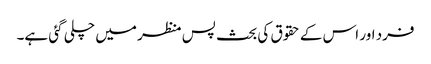
فرد اور اس کے حقوق کی بحث پس منظر میں چلی گئی ہے۔